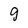
Character: g